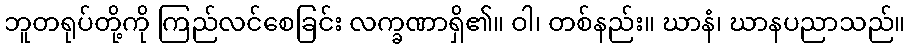
ဘူတရုပ်တို့ကို ကြည်လင်စေခြင်း လက္ခဏာရှိ၏။ ဝါ၊ တစ်နည်း။ ဃာနံ၊ ဃာနပညာသည်။